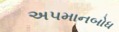
અપમાનબોધ